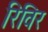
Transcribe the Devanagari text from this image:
रिविर